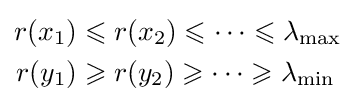
{\begin{aligned}r(x_{1})&\leqslant r(x_{2})\leqslant \cdots \leqslant \lambda _{\max }\\r(y_{1})&\geqslant r(y_{2})\geqslant \cdots \geqslant \lambda _{\min }\end{aligned}}